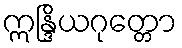
ဣန္ဒြိယဂုတ္တော